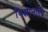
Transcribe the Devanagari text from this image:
विज्ञानादि